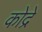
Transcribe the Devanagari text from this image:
कोद्रे